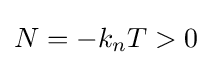
N=-k_{n}T>0